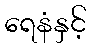
ရေနံနှင့်